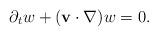
LaTeX: \begin{align*}\partial_t w+(\mathbf{v}\cdot \nabla)w=0.\end{align*}